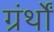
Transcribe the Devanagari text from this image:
ग्रंर्थों